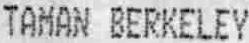
TAMAN BERKELEY